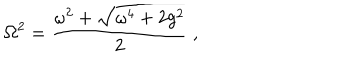
LaTeX: \mathrm { \Omega } ^ { 2 } = { \frac { \omega ^ { 2 } + \sqrt { \omega ^ { 4 } + 2 g ^ { 2 } } } { 2 } } \ ,